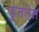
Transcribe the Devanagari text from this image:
फुललेल